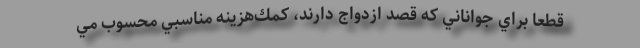
قطعاً براي جواناني كه قصد ازدواج دارند، كمك‌هزينه مناسبي محسوب مي